Annual administration and progress report of the Indian Medical Department, Bombay
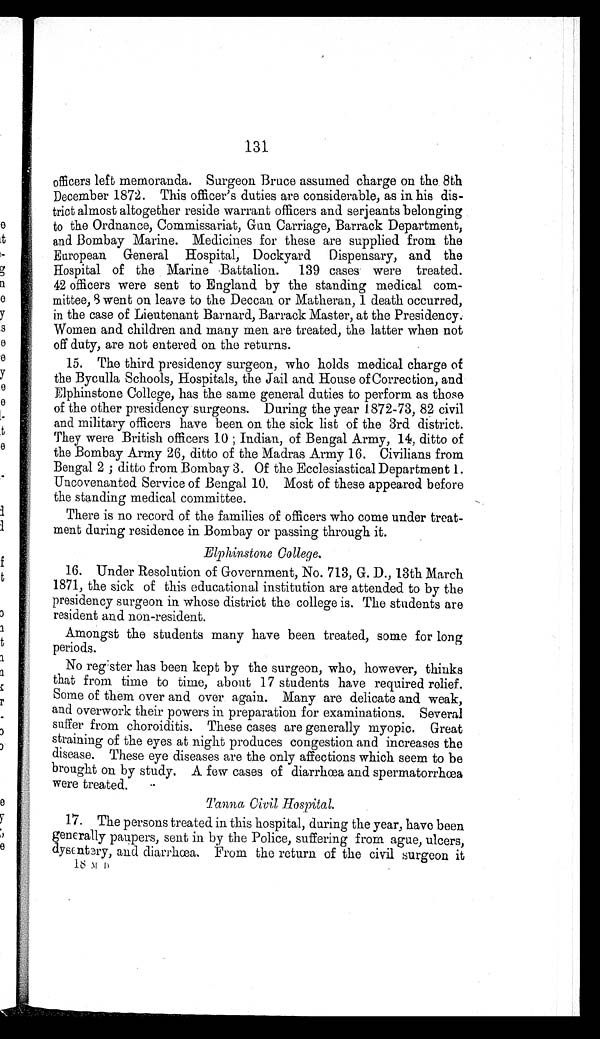
131
officers left memoranda. Surgeon Bruce assumed charge on the 8th
December 1872. This officer's duties are considerable, as in his dis
-trict almost altogether reside warrant officers and serjeants belonging
to the Ordnance, Commissariat, Gun Carriage, Barrack Department,
and Bombay Marine. Medicines for these are supplied from the
European General Hospital, Dockyard Dispensary, and the
Hospital of the Marine Battalion. 139 cases were treated.
42 officers were sent to England by the standing medical com
-mittee, 8 went on leave to the Deccan or Matheran, 1 death occurred,
in the case of Lieutenant Barnard, Barrack Master, at the Presidency.
Women and children and many men are treated, the latter when not
off duty, are not entered on the returns.
15. The third presidency surgeon, who holds medical charge of
the Byculla Schools, Hospitals, the Jail and House of Correction, and
Elphinstone College, has the same general duties to perform as those
of the other presidency surgeons. During the year 1872-73, 82 civil
and military officers have been on the sick list of the 3rd district.
They were British officers 10; Indian, of Bengal Army, 14, ditto of
the Bombay Army 26, ditto of the Madras Army 16. Civilians from
Bengal 2; ditto from Bombay 3. Of the Ecclesiastical Department 1.
Uncovenanted Service of Bengal 10. Most of these appeared before
the standing medical committee.
There is no record of the families of officers who come under treat
-ment during residence in Bombay or passing through it.
Elphinstone College.
16. Under Resolution of Government, No. 713, G. D., 13th March
1871, the sick of this educational institution are attended to by the
presidency surgeon in whose district the college is. The students are
resident and non-resident.
Amongst the students many have been treated, some for long
periods.
No register has been kept by the surgeon, who, however, thinks
that from time to time, about 17 students have required relief.
Some of them over and over again. Many are delicate and weak,
and overwork their powers in preparation for examinations. Several
suffer from choroiditis. These cases are generally myopic. Great
straining of the eyes at night produces congestion and increases the
disease. These eye diseases are the only affections which seem to be
brought on by study. A few cases of diarrhœa and spermatorrhœa
were treated.
T a n n a
C i v i l
H o s p i t a l .
17. The persons treated in this hospital, during the year, have been
generally paupers, sent in by the Police, suffering from ague, ulcers,
dysentery, and diarrhœa. From the return of the civil surgeon it
18 M D